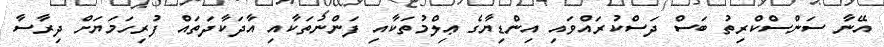
އޭނާ ސަންސްކްރިތު ބަސް ދަސްކުރައްވައި އިންޑިޔާގެ ޢިލްމުތަކާއި ފަންނުތަކާއި އާދަކާދަތައް ފުރިހަމަޔަށް ދިރާސާ